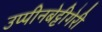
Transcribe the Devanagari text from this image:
उप्पीनबेट्टीगेरी